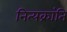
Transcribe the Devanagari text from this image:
नित्यक्रांति